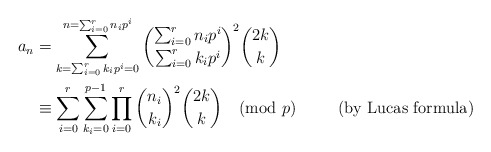
\begin{align*}a_n & = \sum_{k=\sum_{i=0}^r k_ip^i=0}^{n =\sum_{i=0}^r n_ip^i} \binom{\sum_{i=0}^r n_ip^i}{\sum_{i=0}^r k_ip^i}^2\binom{2k}{k}&\\&\equiv \sum_{i=0}^r\sum_{k_i=0}^{p-1} \prod_{i=0}^r\binom{n_i}{k_i}^2\binom{2k}{k} \pmod{p} &\hbox{(by Lucas formula)}\\\end{align*}